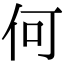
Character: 何